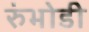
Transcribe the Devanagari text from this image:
रुंभोडी